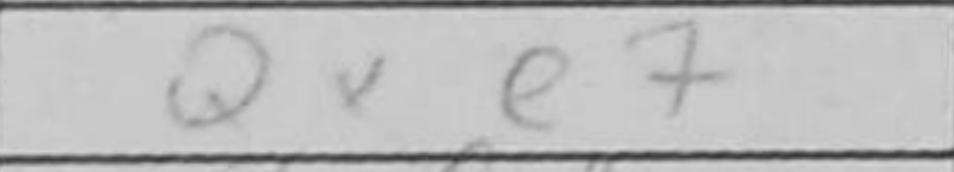
Transcription: Qxe7